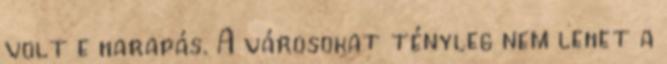
volt e harapás. A városokat tényleg nem lehet a